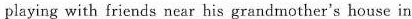
playing with friends near his grandmother's house in